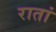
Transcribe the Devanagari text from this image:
रातां